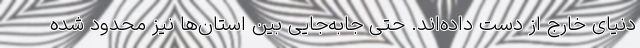
دنیای خارج از دست داده‌اند. حتی جابه‌جایی بین استان‌ها نیز محدود شده